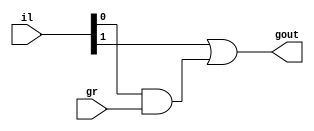
module adder1(il,gr,gout);
input [1:0] il;
input gr;
output gout;
assign gout = il[1]|(il[0]&gr);
endmodule